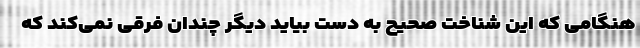
هنگامی که این شناخت صحیح به دست بیاید دیگر چندان فرقی نمی‌کند که